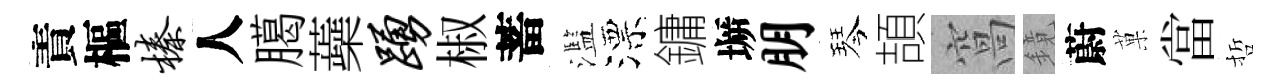
責樞榛人臈蘃踊椒蓄濫漂鏞󶱲朋琴頡窩鏡蔚菓當哲